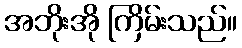
အဘိုးအို ကြိမ်းသည်။